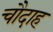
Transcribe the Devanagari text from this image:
चौदाह